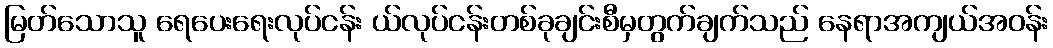
မြတ်သောသူ ရေပေးရေးလုပ်ငန်း ယ်လုပ်ငန်းတစ်ခုချင်းစီမှတွက်ချက်သည် နေရာအကျယ်အဝန်း